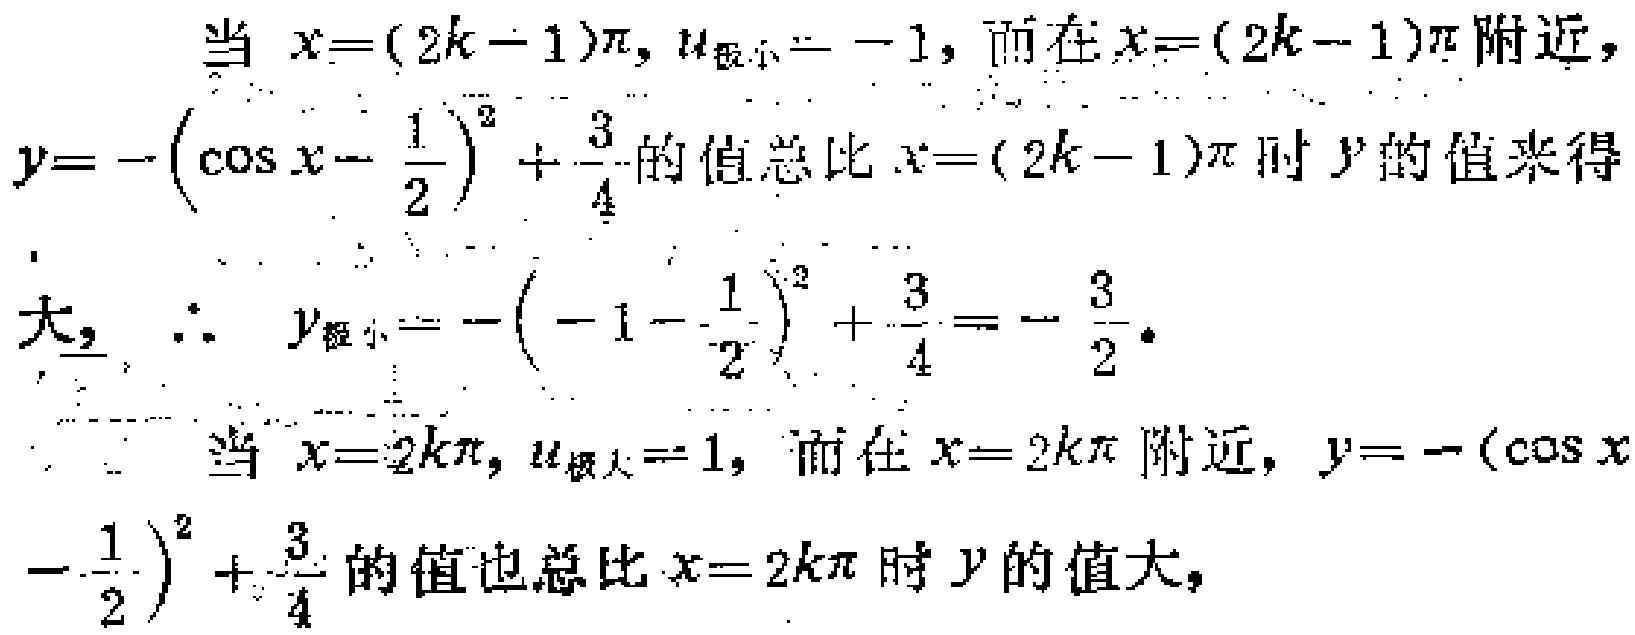
当 \(x = (2k - 1)\pi\)，\(u_{极小} = - 1\)，而在 \(x=(2k - 1)\pi\) 附近，
\(y = -(\cos x-\frac{1}{2})^2+\frac{3}{4}\) 的值总比 \(x=(2k - 1)\pi\) 时 \(y\) 的值来得
大，\(\therefore y_{极小}=-(-1 - \frac{1}{2})^2+\frac{3}{4}=-\frac{3}{2}\)。
当 \(x = 2k\pi\)，\(u_{极大}=1\)，而在 \(x = 2k\pi\) 附近，\(y = -(\cos x\)
\(-\frac{1}{2})^2+\frac{3}{4}\) 的值也总比 \(x = 2k\pi\) 时 \(y\) 的值大，